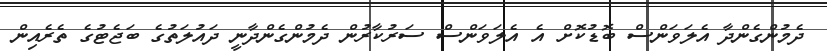
ދެމުންގެންދާ އެލަވަންސް ބޮޑުކޮށް އެ އެލަވަންސް ސަރުކާރުން ދެމުންގެންދާނީ ދައުލަތުގެ ބަޖެޓުގެ ތެރެއިން